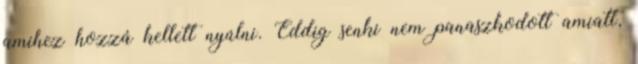
amihez hozzá kellett nyúlni. Eddig senki nem panaszkodott amiatt,